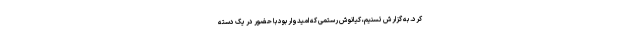
کرد. به گزارش تسنیم، کیانوش رستمی که امیدوار بود با حضور در یک دسته